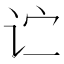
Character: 𬣞